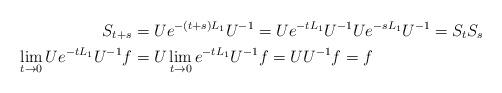
LaTeX: \begin{align*}S_{t+s}&=Ue^{-(t+s)L_1}U^{-1}=Ue^{-t L_1}U^{-1}Ue^{-sL_1}U^{-1}=S_t S_s\\\lim_{t\to 0}Ue^{-tL_1}U^{-1}f&=U\lim_{t\to 0}e^{-tL_1}U^{-1}f=UU^{-1}f=f\end{align*}